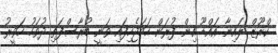
ކްރޫޒް ލައިނާ އައްޑޫ އިން ފުރަން ހަމަޖެހިފައި ވަނީ ބުރާސްފަތި ދުވަހު ހަވީރު